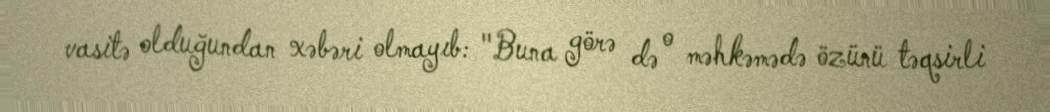
vasitə olduğundan xəbəri olmayıb: "Buna görə də o məhkəmədə özünü təqsirli